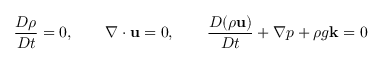
\frac { D \rho } { D t } = 0 , \qquad \nabla \cdot \mathbf { u } = 0 , \qquad \frac { D ( \rho \mathbf { u } ) } { D t } + \nabla p + \rho g \mathbf { k } = 0